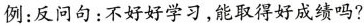
例：反问句：不好好学习，能取得好成绩吗？